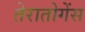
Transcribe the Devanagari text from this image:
तेरातोगेंस